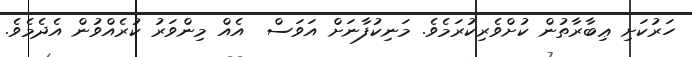
ހަރުކަށި ޢިބާރާތުން ކުށްވެރިކުރަމެވެ. މަނިކުފާނަށް އަވަސް  އެއް މިންވަރު ކުރެއްވުން އެދެމެވެ.